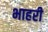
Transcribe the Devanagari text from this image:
भाहरी